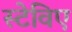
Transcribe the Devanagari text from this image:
स्टेविए